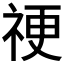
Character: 𥙴